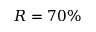
R = 7 0 \%